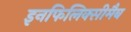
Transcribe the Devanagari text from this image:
इनफिलिक्सीमैब